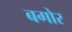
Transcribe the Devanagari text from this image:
बगोर